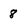
Character: 8